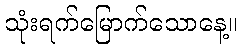
သုံးရက်မြောက်သောနေ့။